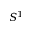
S ^ { 1 }